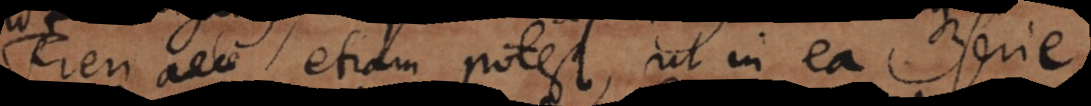
e. Fieri etiam potest, ut in ea serie